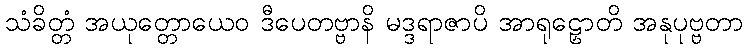
သံခိတ္တံ အယုတ္တောယေဝ ဒီပေတဗ္ဗာနိ မဒ္ဒရာဇာပိ အာရုဠှောတိ အနုပုဗ္ဗတာ